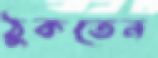
ঠুকতেন